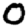
Digit: 0